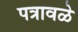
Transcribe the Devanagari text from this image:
पत्रावळे